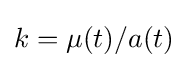
k=\mu (t)/a(t)